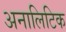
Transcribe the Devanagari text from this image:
अनालिटिक